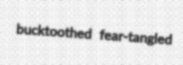
bucktoothed fear-tangled